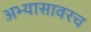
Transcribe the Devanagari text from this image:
अभ्यासावरच